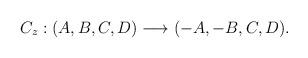
LaTeX: \begin{align*}C_{z}: (A,B,C,D) \longrightarrow (-A,-B,C,D) .\end{align*}